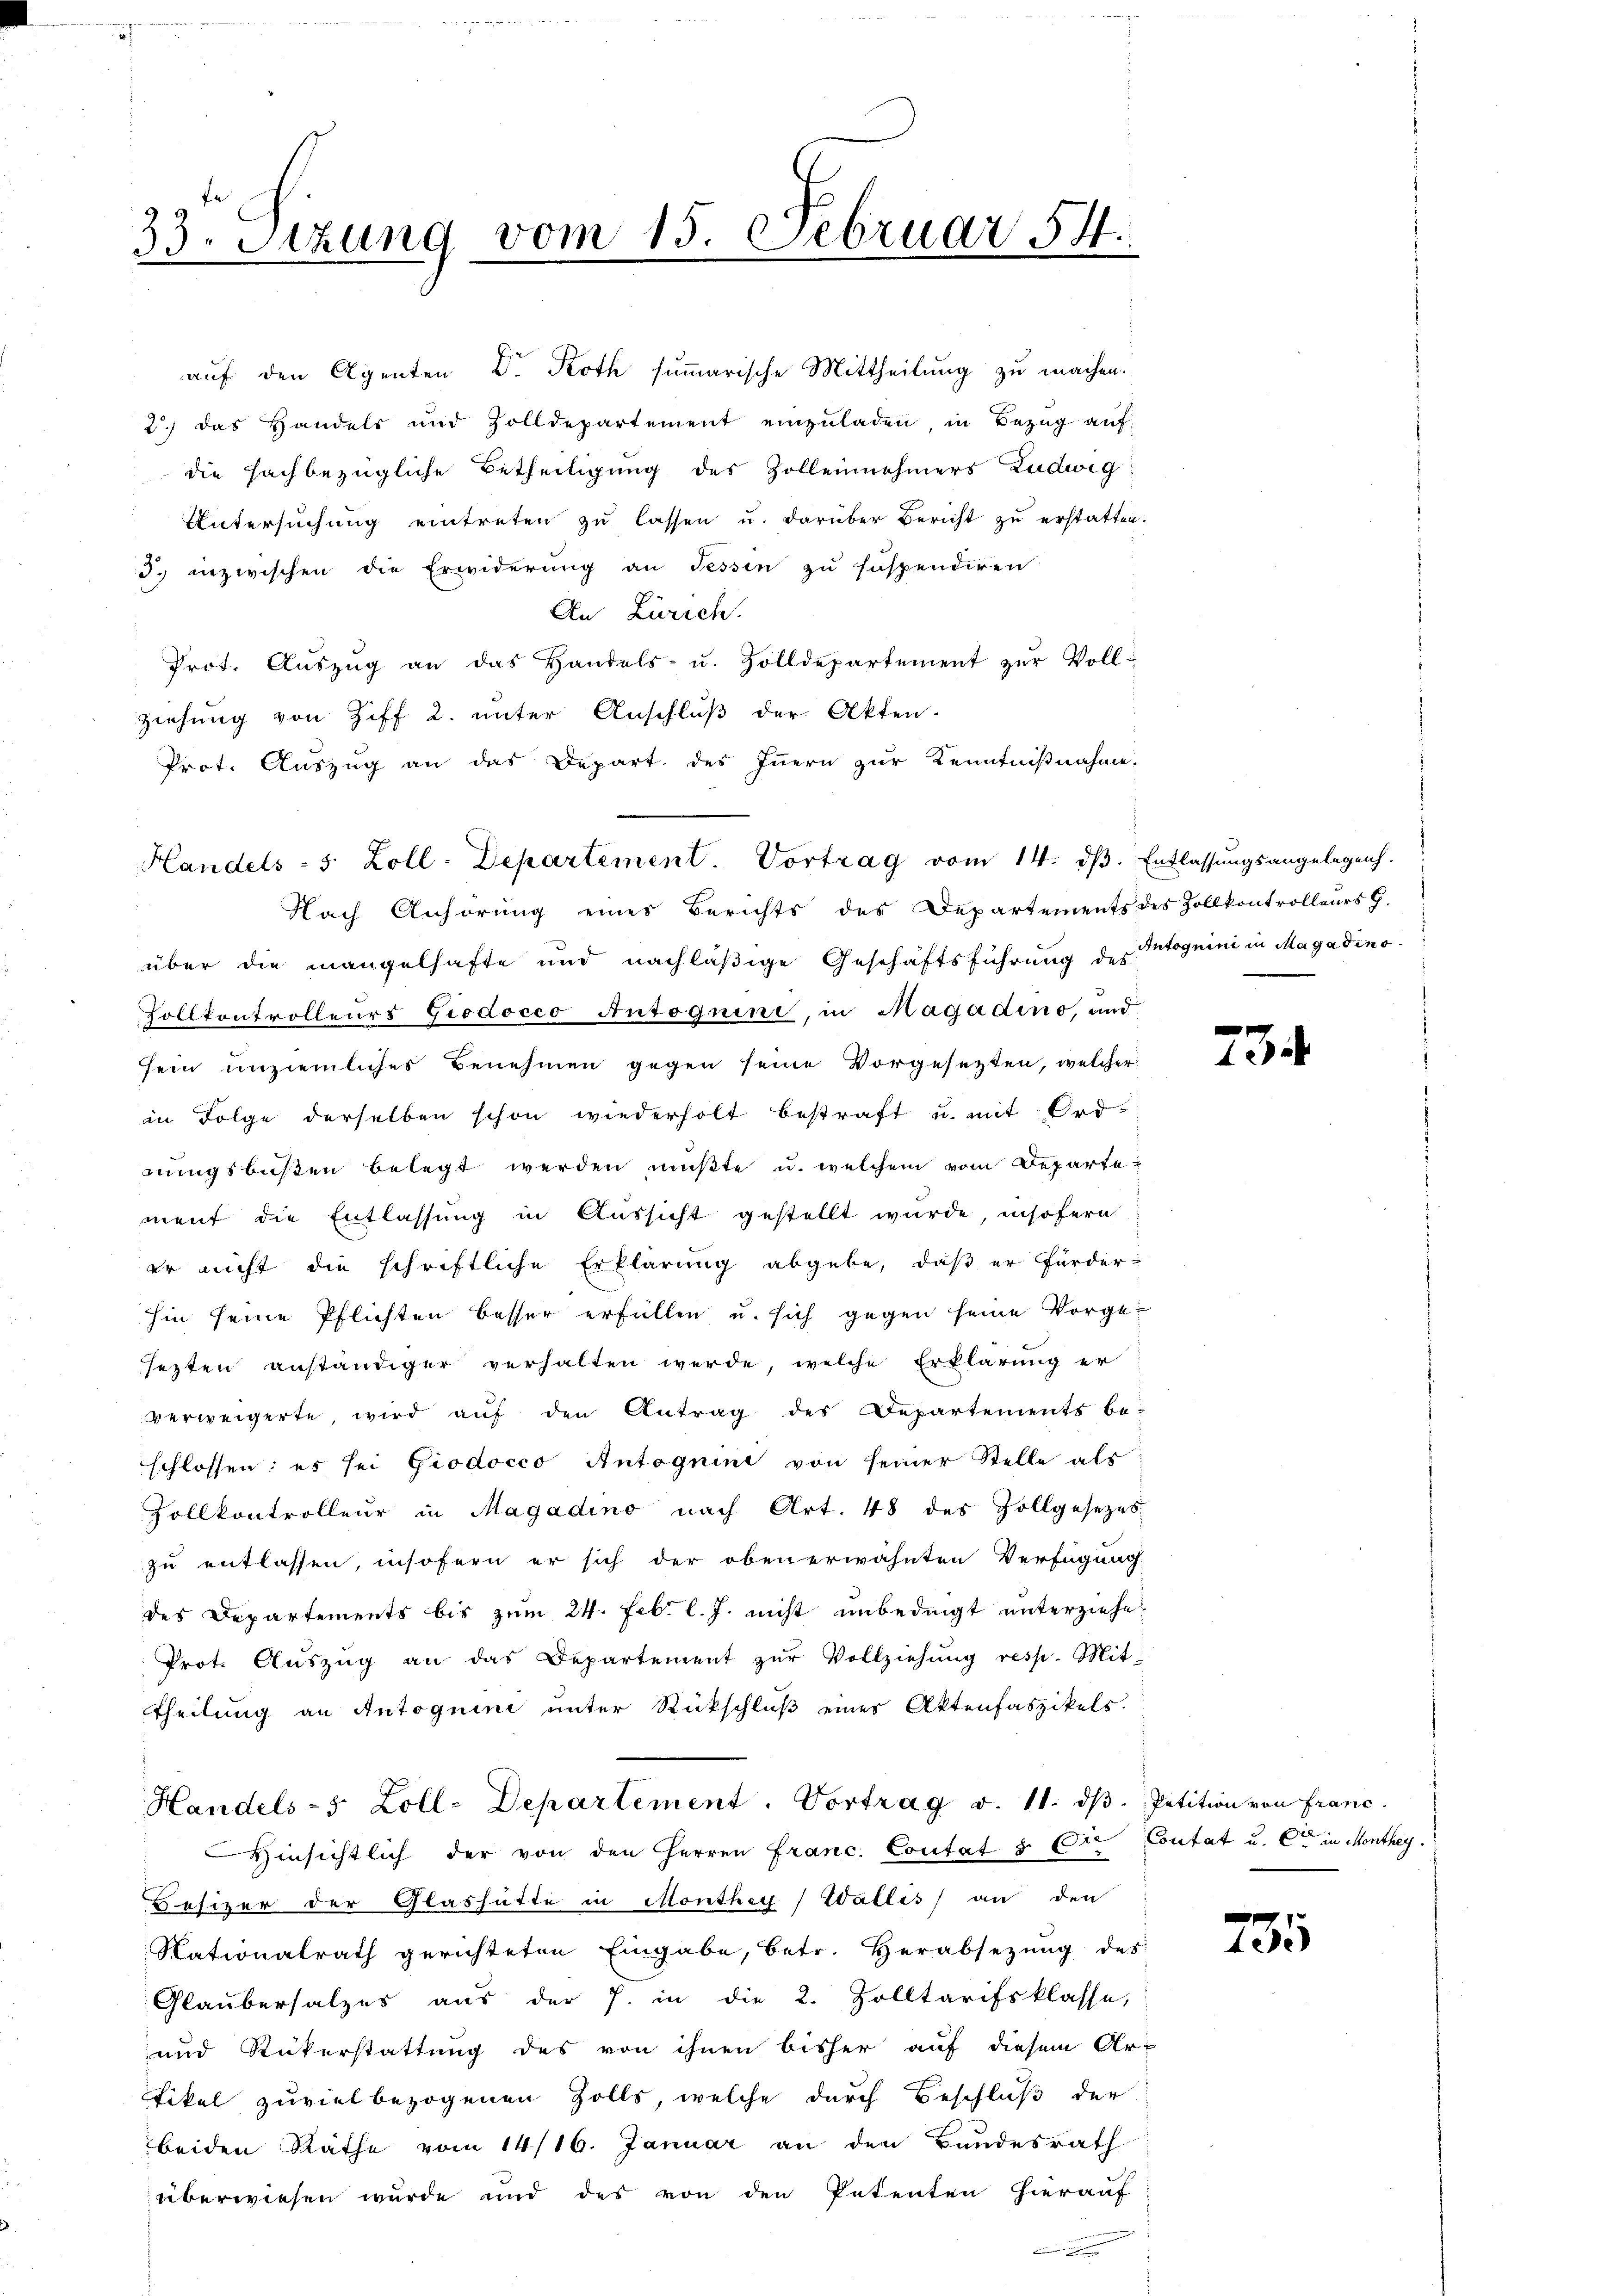
33. Sitzung vom 15. Februar 54.
3

auf den Agenten Dr. Roth sum̅arische Mittheilung zu machen.
2.) Das Handels und Zolldepartement einzŭladen in Bezug auf
die sachbezügliche Betheiligung des Zolleinehmers Ludwig
Untersuchung eintreten zu lassen u. darüber Bericht zu erstatten.
3. inzwischen die Erwiderung an Fessen zu suspendiren
An Zürich.
Prot. Aŭszŭg an das Handels- u. Zolldepartement zŭr Voll-
ziehung von Ziff 2. unter Anschluß der Akten.
Prot. Auszug an das Depart des Innern zur Kenntnißnahme.
Nach Anhörung eines Berichts des Departements des Zollkontrolleurs H.
über die mangelhafte und nachläßige Geschäftsführung des Intoguini in Magadino¬
Zollkontrolleurs Giodocco Autoguine, in Magadino, und
sein unziemliches Benehmen gegen seine Vorgesetzten, welcher
in Folge derselben schon wiederholt bestraft u. mit Ord-
rŭngsbußen belegt werden mŭβte u. welchem vom Departement die Entlassung in Aussicht gestellt wurde, insofern
er nicht die schriftliche Erklärung abgebe, daß er fürder-
hin seine Pflichten besser erfüllen u. sich gegen seine Vorgesezten anständiger verhalten werde, welche Erklärung er
verweigerte, wird auf den Antrag des Departements be-
schlossen: es sei Giodocco Antognini von seiner Stelle als
Zollkontrolleur in Magadino nach Art. 48 des Zollgesetzes
zu entlassen, insofern er sich der oben erwähnten Verfügung
des Departements bis zum 24. Febr. l. J. nicht unbedingt unterziehe.
Prot. Aŭszŭg an das Departement zŭr Vollziehung resp. Mit-
Theilung an Autoguini unter Rückschluß eines Aktenfaszikels.
Handels-5 Zoll-Departement. Vortrag v. 11. dβ. Petition von Franc
Hinsichtlich der von den Herren Franc. Contat. 3. Die Contat u. C in Monthey
Besizer der Glashütte in Monthey ( Wallis an den
Nationalrath gerichteten Eingabe, betr. Herabsezung des
Glaubersalzes aus der J. in die 2. Zolltarifsklasse,
und Rükerstattung des von ihnen bisher auf diesem Ar-
tikel zuviel bezogenen Zolls, welche durch Beschluß der
beiden Räthe vom 14/16. Januar an den Bundesrath
überwiesen wurde und des von den Petenten hierauf
.

Handels- 5 Zoll-Departement. Vortrag vom 14. dβ. Entlassungsangelegen.

.
1

235